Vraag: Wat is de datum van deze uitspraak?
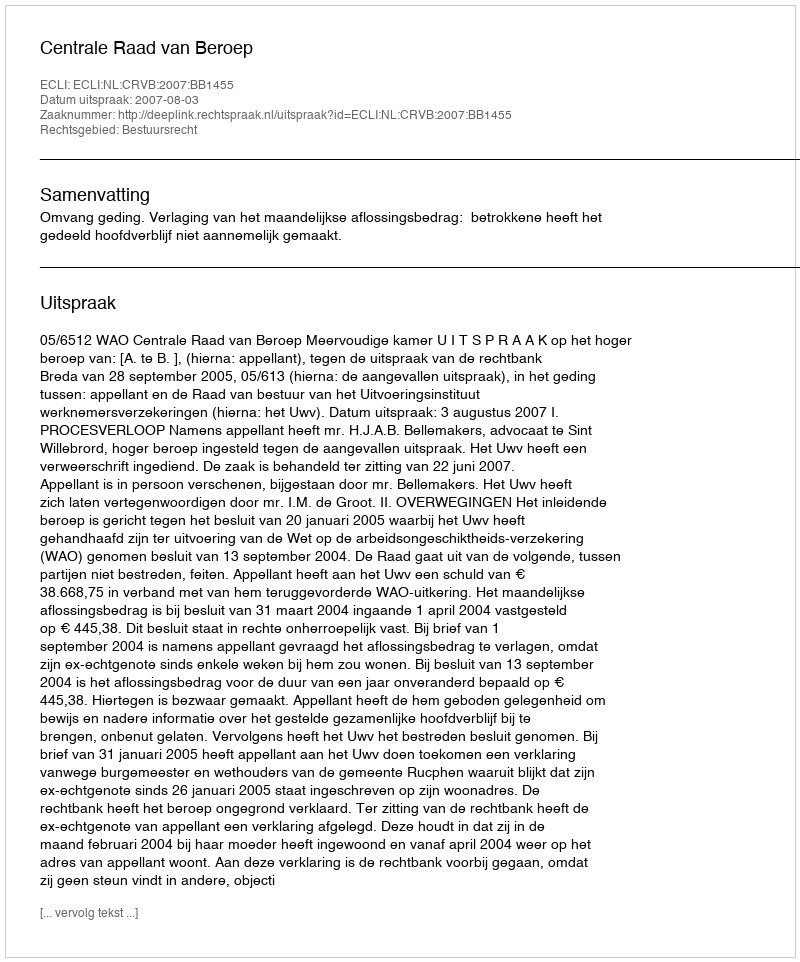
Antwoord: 2007-08-03